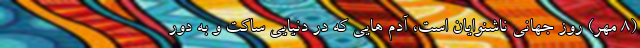
(8 مهر) روز جهانی ناشنوایان است، آدم هایی که در دنیایی ساکت و به دور